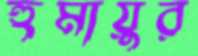
হুমায়ুর